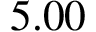
5 . 0 0